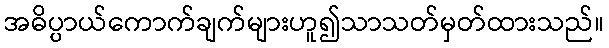
အဓိပ္ပာယ်ကောက်ချက်များဟူ၍သာသတ်မှတ်ထားသည်။